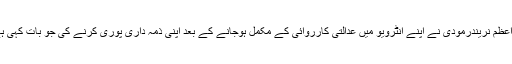
قابل غور بات یہ ہے کہ وزیراعظم نریندرمودی نے اپنے انٹرویو میں عدالتی کارروائی کے مکمل ہوجانے کے بعد اپنی ذمہ داری پوری کرنے کی جو بات کہی ہے کیا وہ اس پر قائم رہیں گے۔